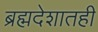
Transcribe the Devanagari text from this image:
ब्रह्मदेशातही